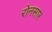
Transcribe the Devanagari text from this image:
रोनसार